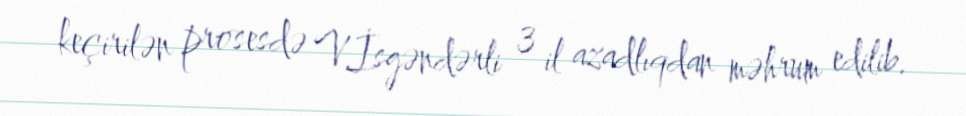
keçirilən prosesdə V.İsgəndərli 3 il azadlıqdan məhrum edilib.